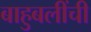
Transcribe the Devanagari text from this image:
बाहुबलींची